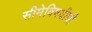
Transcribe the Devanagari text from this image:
सीमेविषयीची